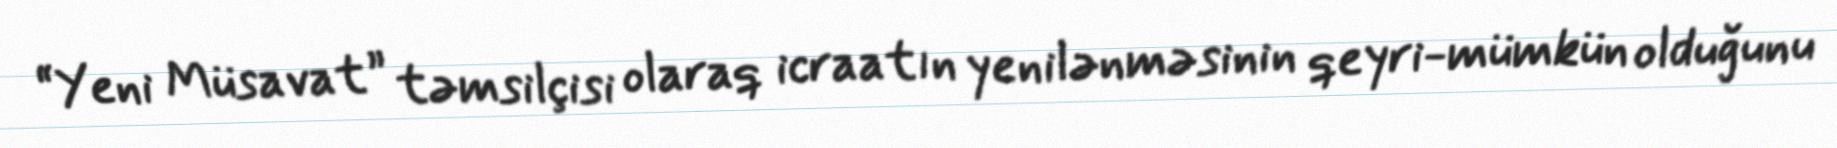
“Yeni Müsavat” təmsilçisi olaraq icraatın yenilənməsinin qeyri-mümkün olduğunu